Leningradi_Edasi_toimetus, lk 72
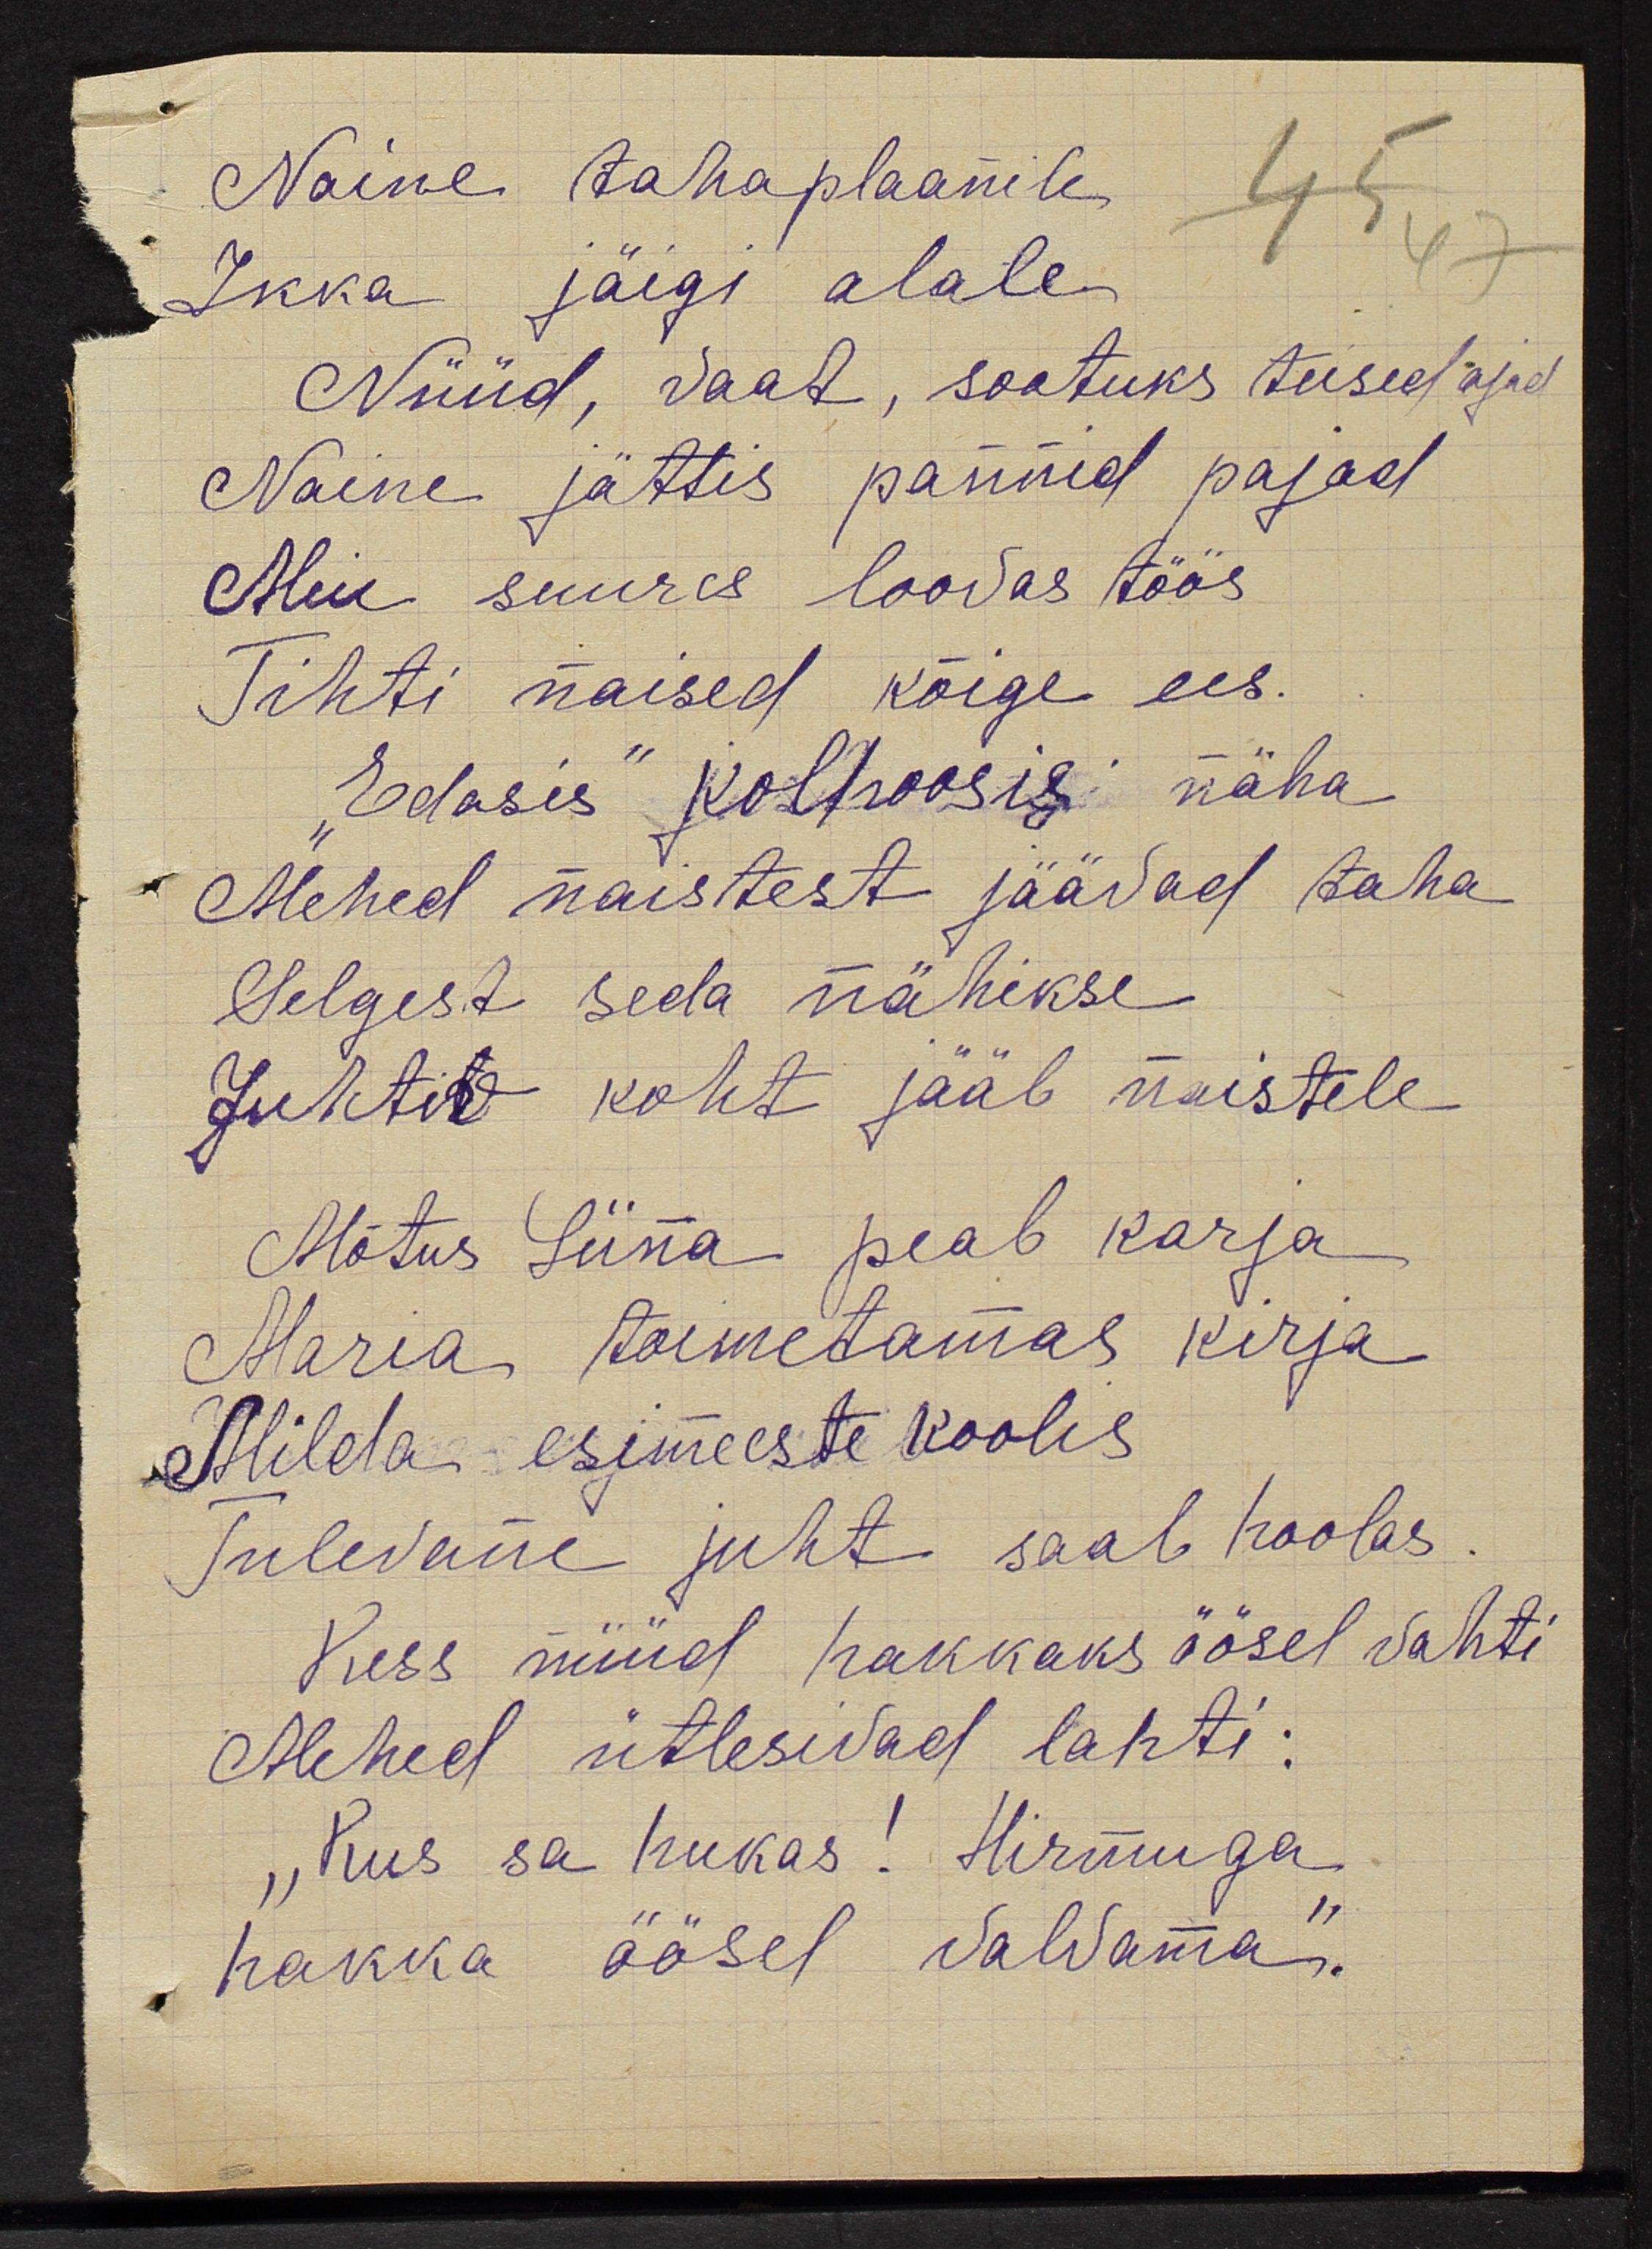
Naine tahaplaanile
Ikka jäigi alale
Nüüd, vaad, sootuks teised ajad
Naine jättis pannid pajad
Meie suured loovas töös
Tihti naised kõige ees.
"Edasis" kolhoosigi näha
Mheded naistest jäävad taha
Selgesd seda nähakse
Juhtiv koht jääb naistele
Mõtus Liiina peab karja
Maria toimetamas kirja
Hilda esimeeste koolis
Tulevane juht saab hoolas
Kess nüüd hakkaks öösel vahti
Mehed ütlesivad lahti:
"Kus sa hukas" Hirmuga
hakka öösel valvama